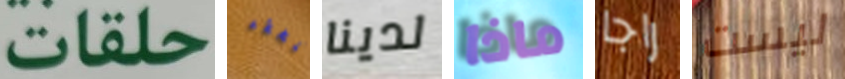
حلقات للخطة لدينا ماذا راجا ليست